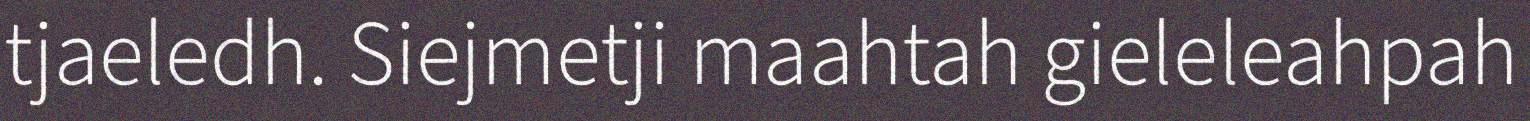
tjaeledh. Siejmetji maahtah gieleleahpah